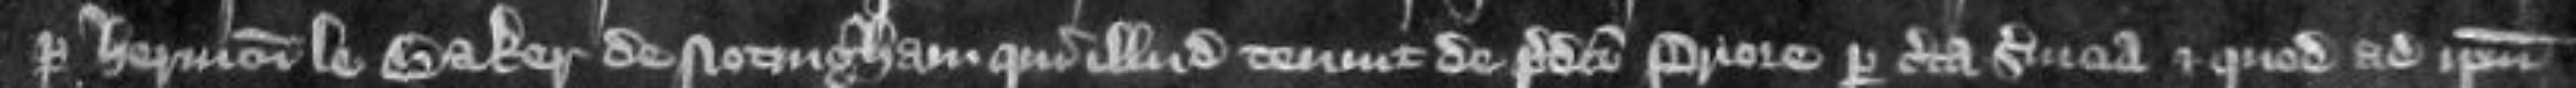
per Henricum le Baker de Notingham qui illud tenuit de predicto priore per certa servicia et quod ad ipsum